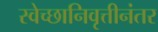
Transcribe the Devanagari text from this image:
स्वेच्छानिवृत्तीनंतर